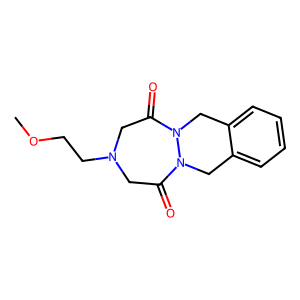
SMILES: COCCN1CC(=O)N2Cc3ccccc3CN2C(=O)C1
Inhibits HIV replication: No